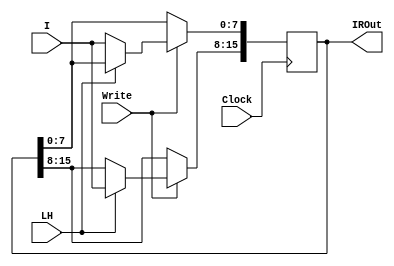
`timescale 1ns / 1ps
//////////////////////////////////////////////////////////////////////////////////
// Company: ITU Computer Engineering Department
// Engineers: Yusuf Yildiz - 150210006
//            Safak Ozkan Pala - 150210016
// Project Name: BLG222E Project 2 InstructionRegister
//////////////////////////////////////////////////////////////////////////////////

module InstructionRegister (I, Write, LH, Clock, IROut);
    input wire [7:0] I;     // 8-bit input data
    input wire Write;       // Write control signal
    input wire LH;          // Load Lower/Higher control signal
    input wire Clock;       // Clock input
    output reg [15:0] IROut;// 16-bit output data
    // Register behavior
    always @(posedge Clock) begin
        if (Write) begin
            if (LH) // Load Higher
                IROut[15:8] <= I;
            else    // Load Lower
                IROut[7:0] <= I;
        end
    end

endmodule